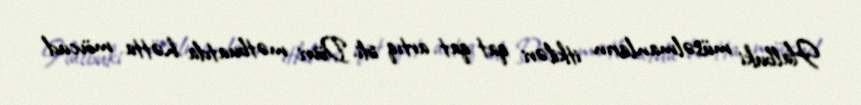
Halbuki müsəlmanların itkiləri qat qat artıq idi. Dövri mətbuatda hətta mövcud